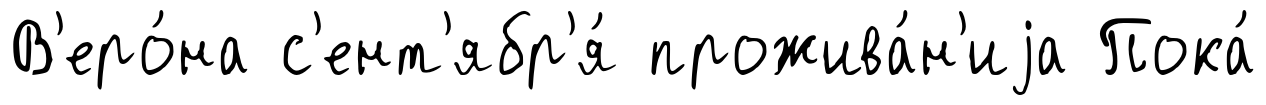
В'еро́на с'ент'ябр'я́ прожива́н'иjа Пока́